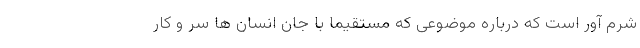
شرم آور است که درباره موضوعی که مستقیماً با جان انسان ها سر و کار